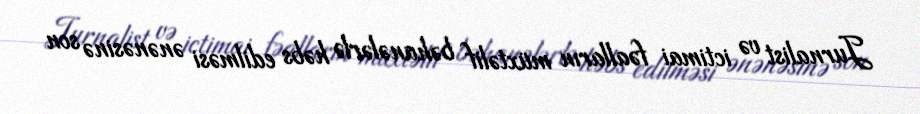
Jurnalist və ictimai fəalların müxtəlif bəhanələrlə həbs edilməsi ənənəsinə son